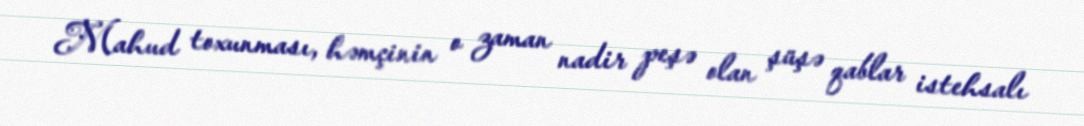
Mahud toxunması, həmçinin o zaman nadir peşə olan şüşə qablar istehsalı